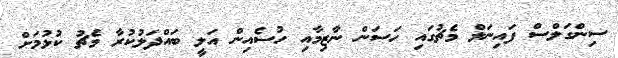
ސިންގަލްސް ފައިނަލް މެޗުގައި ހަސަން ނާޒިމާއި ހުސެއިން އަލީ ބައްދަލުކުރާ މެޗު ކުޅުމަށް